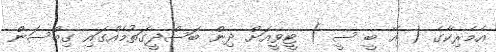
އެމެރިކާގެ ( އޭ ބީ ސީ ) ޓީވީއަށް ދިން ބަސްދީގަތުމެއްގައި ގިބްސަން